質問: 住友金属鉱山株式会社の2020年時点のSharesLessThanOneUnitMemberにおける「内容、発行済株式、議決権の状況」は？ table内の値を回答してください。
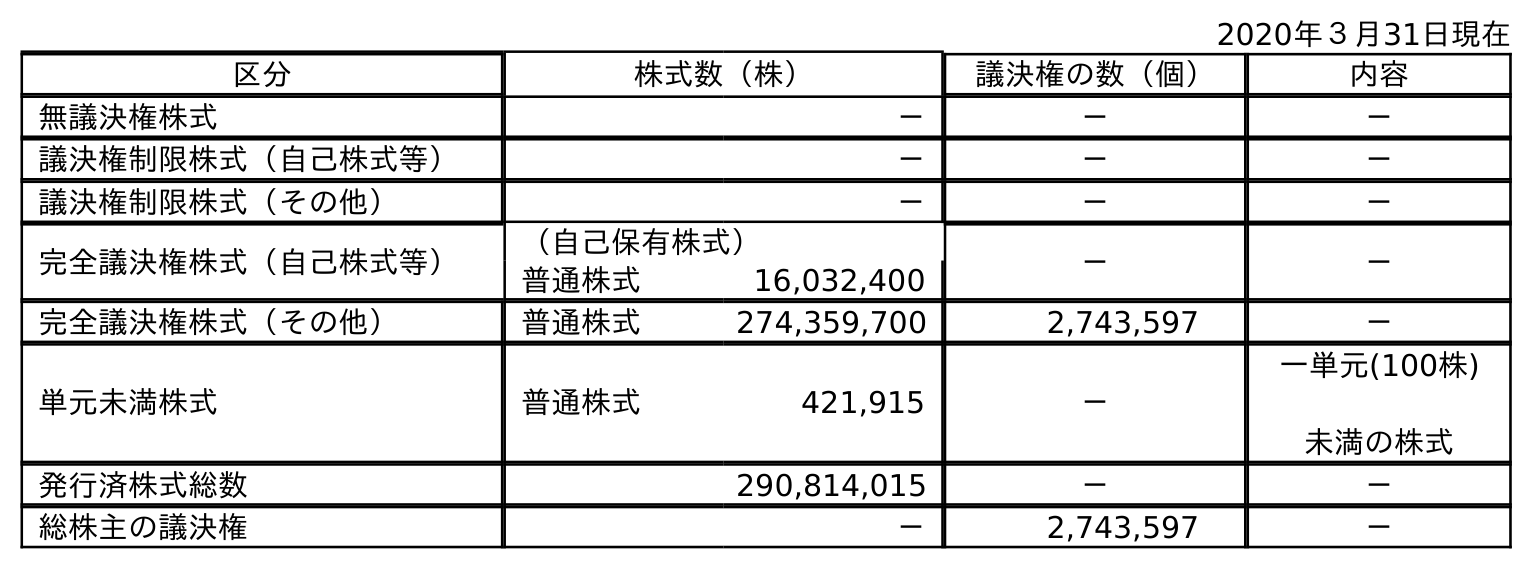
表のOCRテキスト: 2020年３月31日現在 区分 株式数（株） 議決権の数（個） 内容 無議決権株式 － － － 議決権制限株式（自己株式等） － － － 議決権制限株式（その他） － － － 完全議決権株式（自己株式等） （自己保有株式） － － 普通株式 16,032,400 完全議決権株式（その他） 普通株式 274,359,700 2,743,597 － 単元未満株式 普通株式 421,915 － 一単元(100株) 未満の株式 発行済株式総数 290,814,015 － － 総株主の議決権 － 2,743,597 －
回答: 一単元(100株)未満の株式